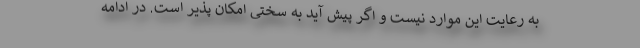
به رعایت این موارد نیست و اگر پیش آید به سختی امکان پذیر است. در ادامه